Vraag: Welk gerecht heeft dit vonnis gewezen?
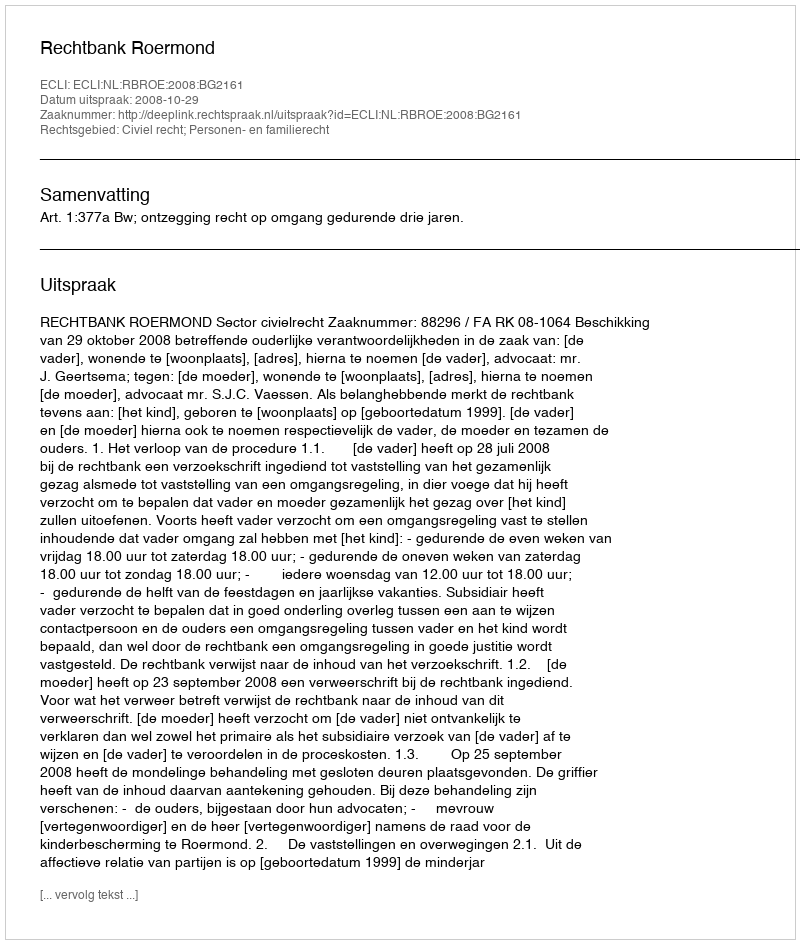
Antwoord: Rechtbank Roermond